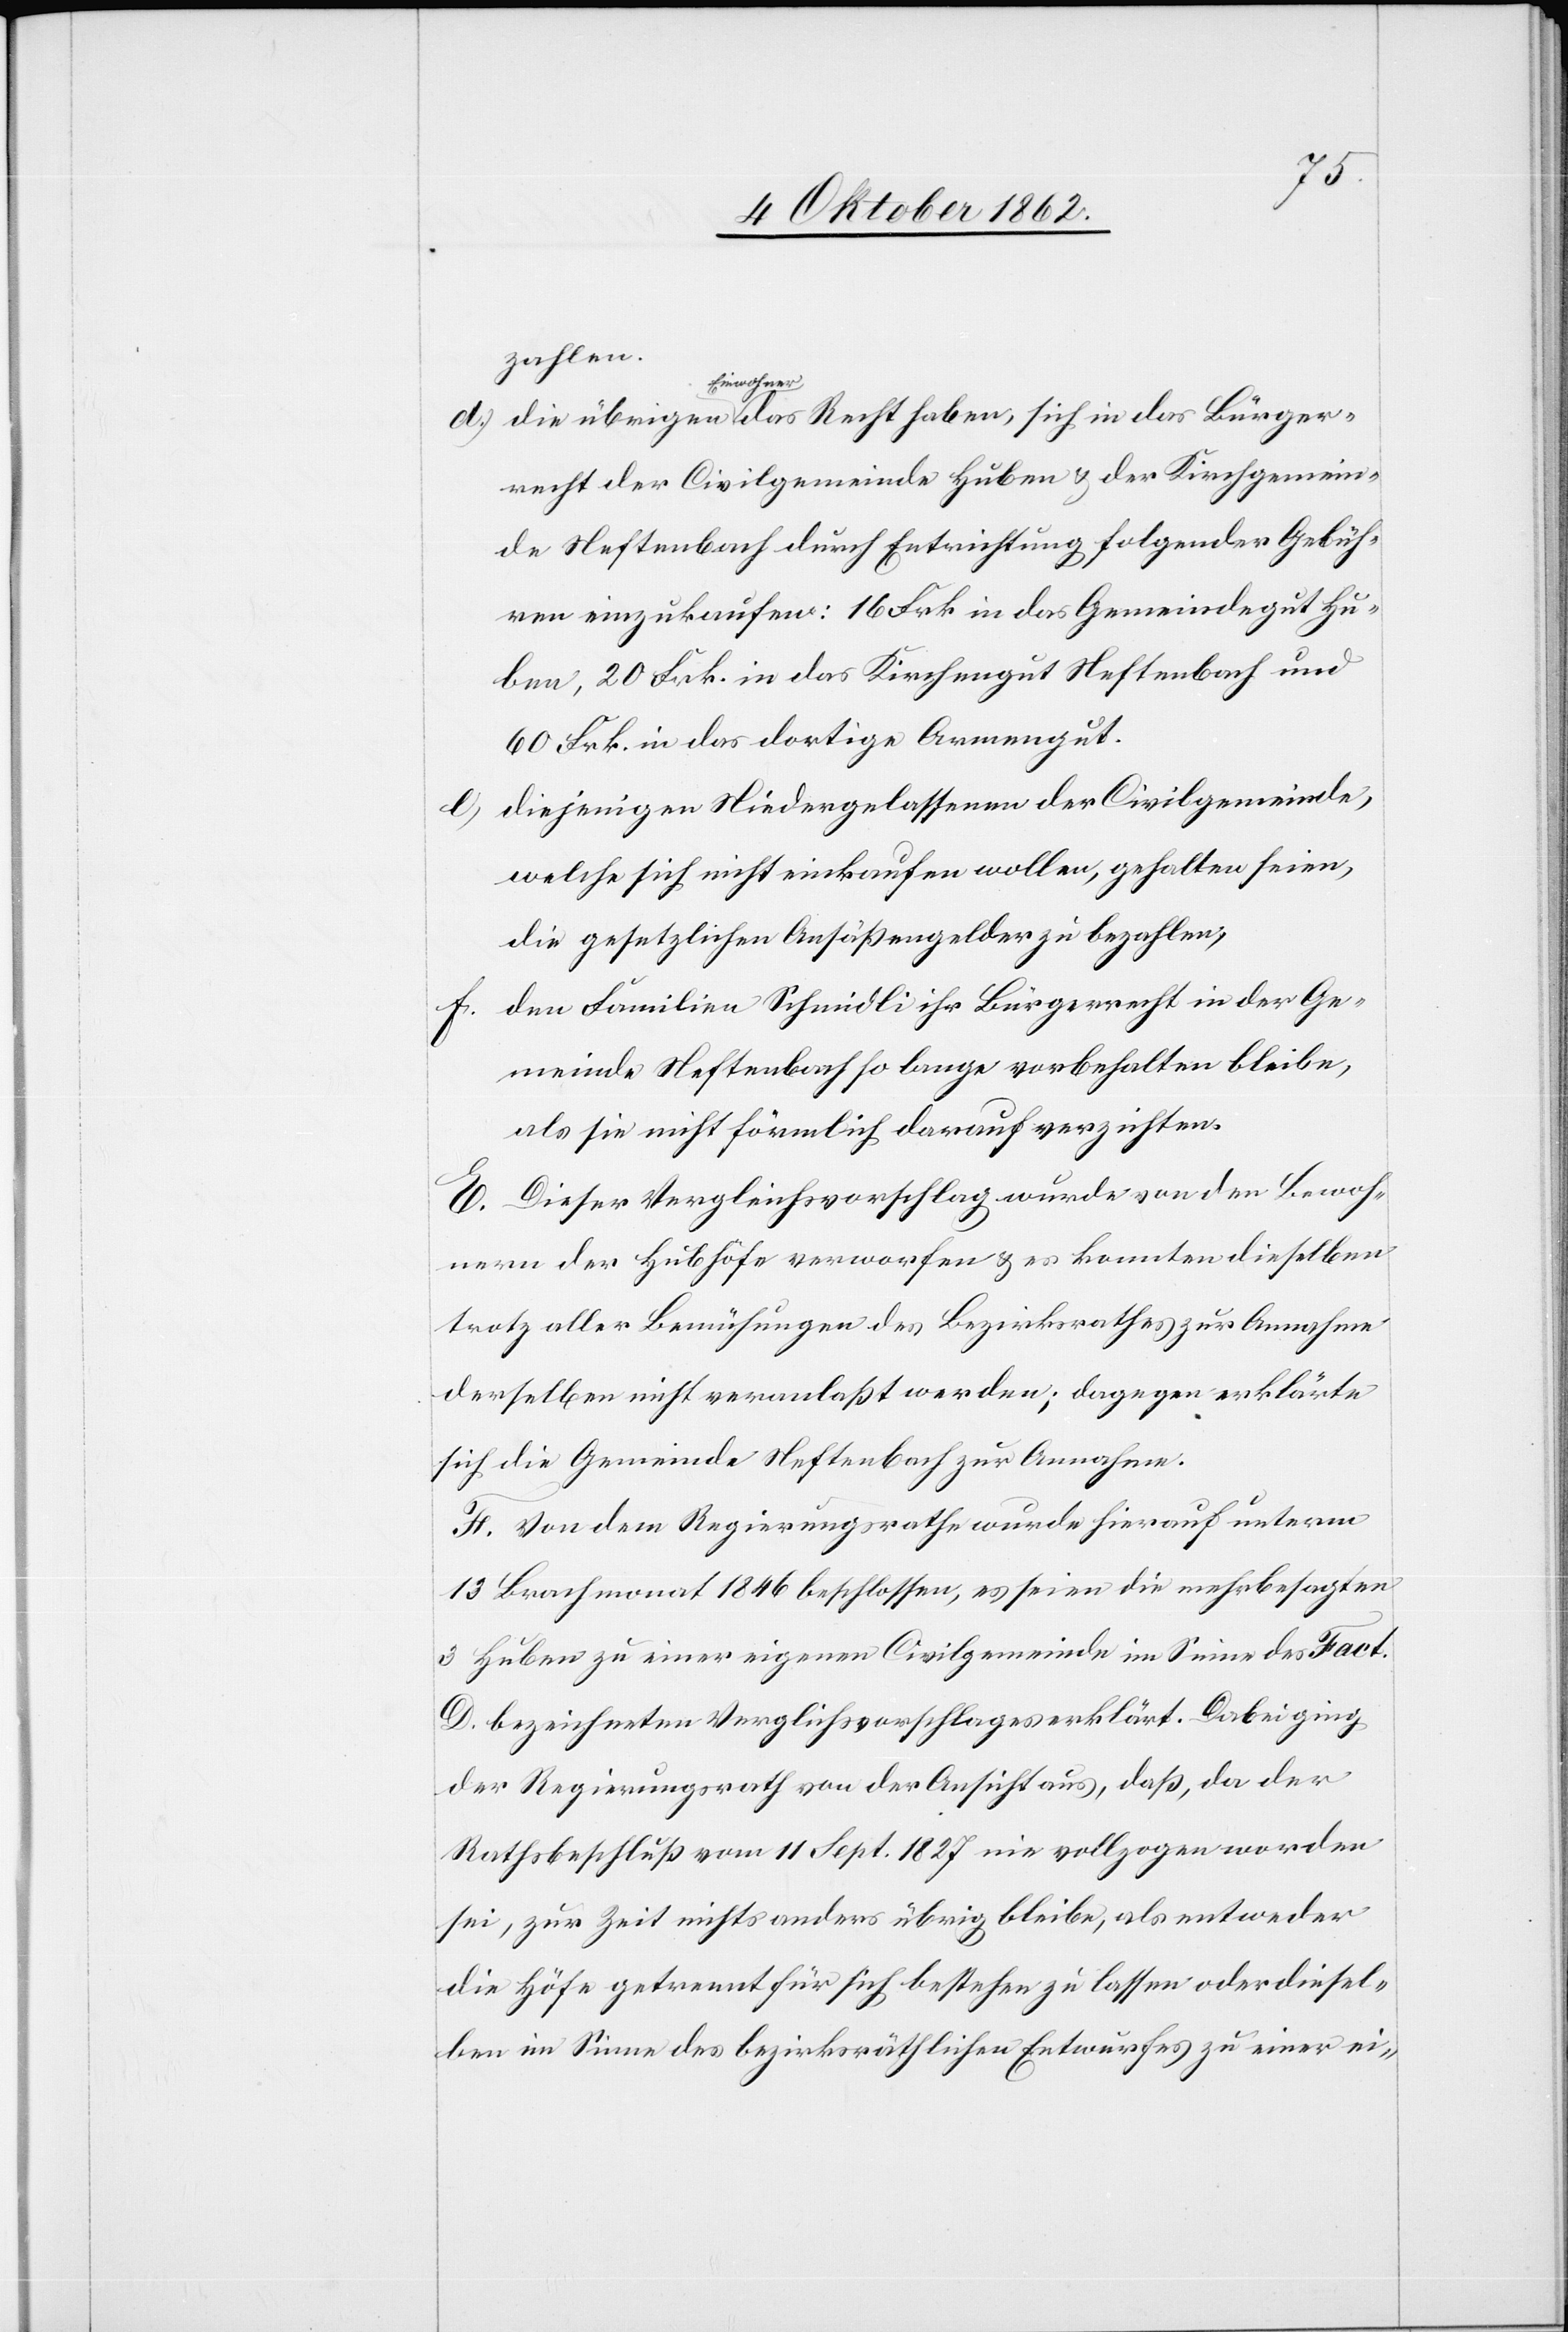
ger¬
zahlen.
Einwohner
recht der Civilgemeinde Huben u. der Kirchgemein¬
de Neftenbach durch Entrichtung folgender Gebüh¬
ren einzukaufen: 16 Frk. in das Gemeindegut Hu¬
ben, 20 Frk. in das Kirchengut Neftenbach und
60 Frk. in das dortige Armengut.
diejenigen Niedergelassenen der Civilgemeinde,
welche sich nicht einkaufen wollen, gehalten seien,
die gesetzlichen Ansäßengelder zu bezahlen;
f) den Familien Schmidli ihr Bürgerrecht in der Ge¬
meinde Neftenbach so lange vorbehalten bleibe,
als sie nicht förmlich darauf verzichten.
E. Dieser Vergleichsvorschlag wurde von den Bewoh¬
nern der Hubhöfe verworfen u. es konnten dieselben
trotz aller Bemühungen des Bezirksrathes zur Annahme
derselben nicht veranlaßt werden; dagegen erklärte
sich die Gemeinde Neftenbach zur Annahme.
F. Von dem Regierungsrathe wurde hierauf unterm
13. Brachmonat 1846 beschlossen, es seien die mehrbesagten
3 Huben zu einer eigenen Civilgemeinde im Sinne des Fact.
D bezeichneten Verglichsvorschlages erklärt. Dabei ging
der Regierungsrath von der Ansicht aus, daß, da der
Rathsbeschluß vom 11. Sept. 1827 nie vollzogen worden
sei, zur Zeit nichts anders übrig bleibe, als entweder
die Höfe getrennt für sich bestehen zu lassen oder diesel¬
ben im Sinne des bezirksräthlichen Entwurfes zu einer ei-